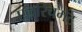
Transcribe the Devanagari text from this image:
एन्ररिचमेंट